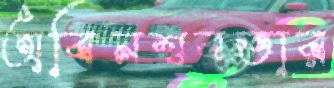
অবিনশ্বরতার